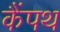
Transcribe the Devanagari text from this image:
कैंपथ